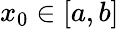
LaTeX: x_{0}\in[a,b]